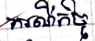
ករណីកិច្ច